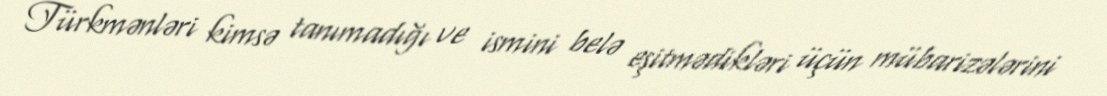
Türkmənləri kimsə tanımadığı ve ismini belə eşitmədikləri üçün mübarizələrini